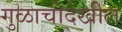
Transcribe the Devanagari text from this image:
गुळाचीदेखील